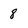
Character: 8